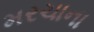
મરચાના